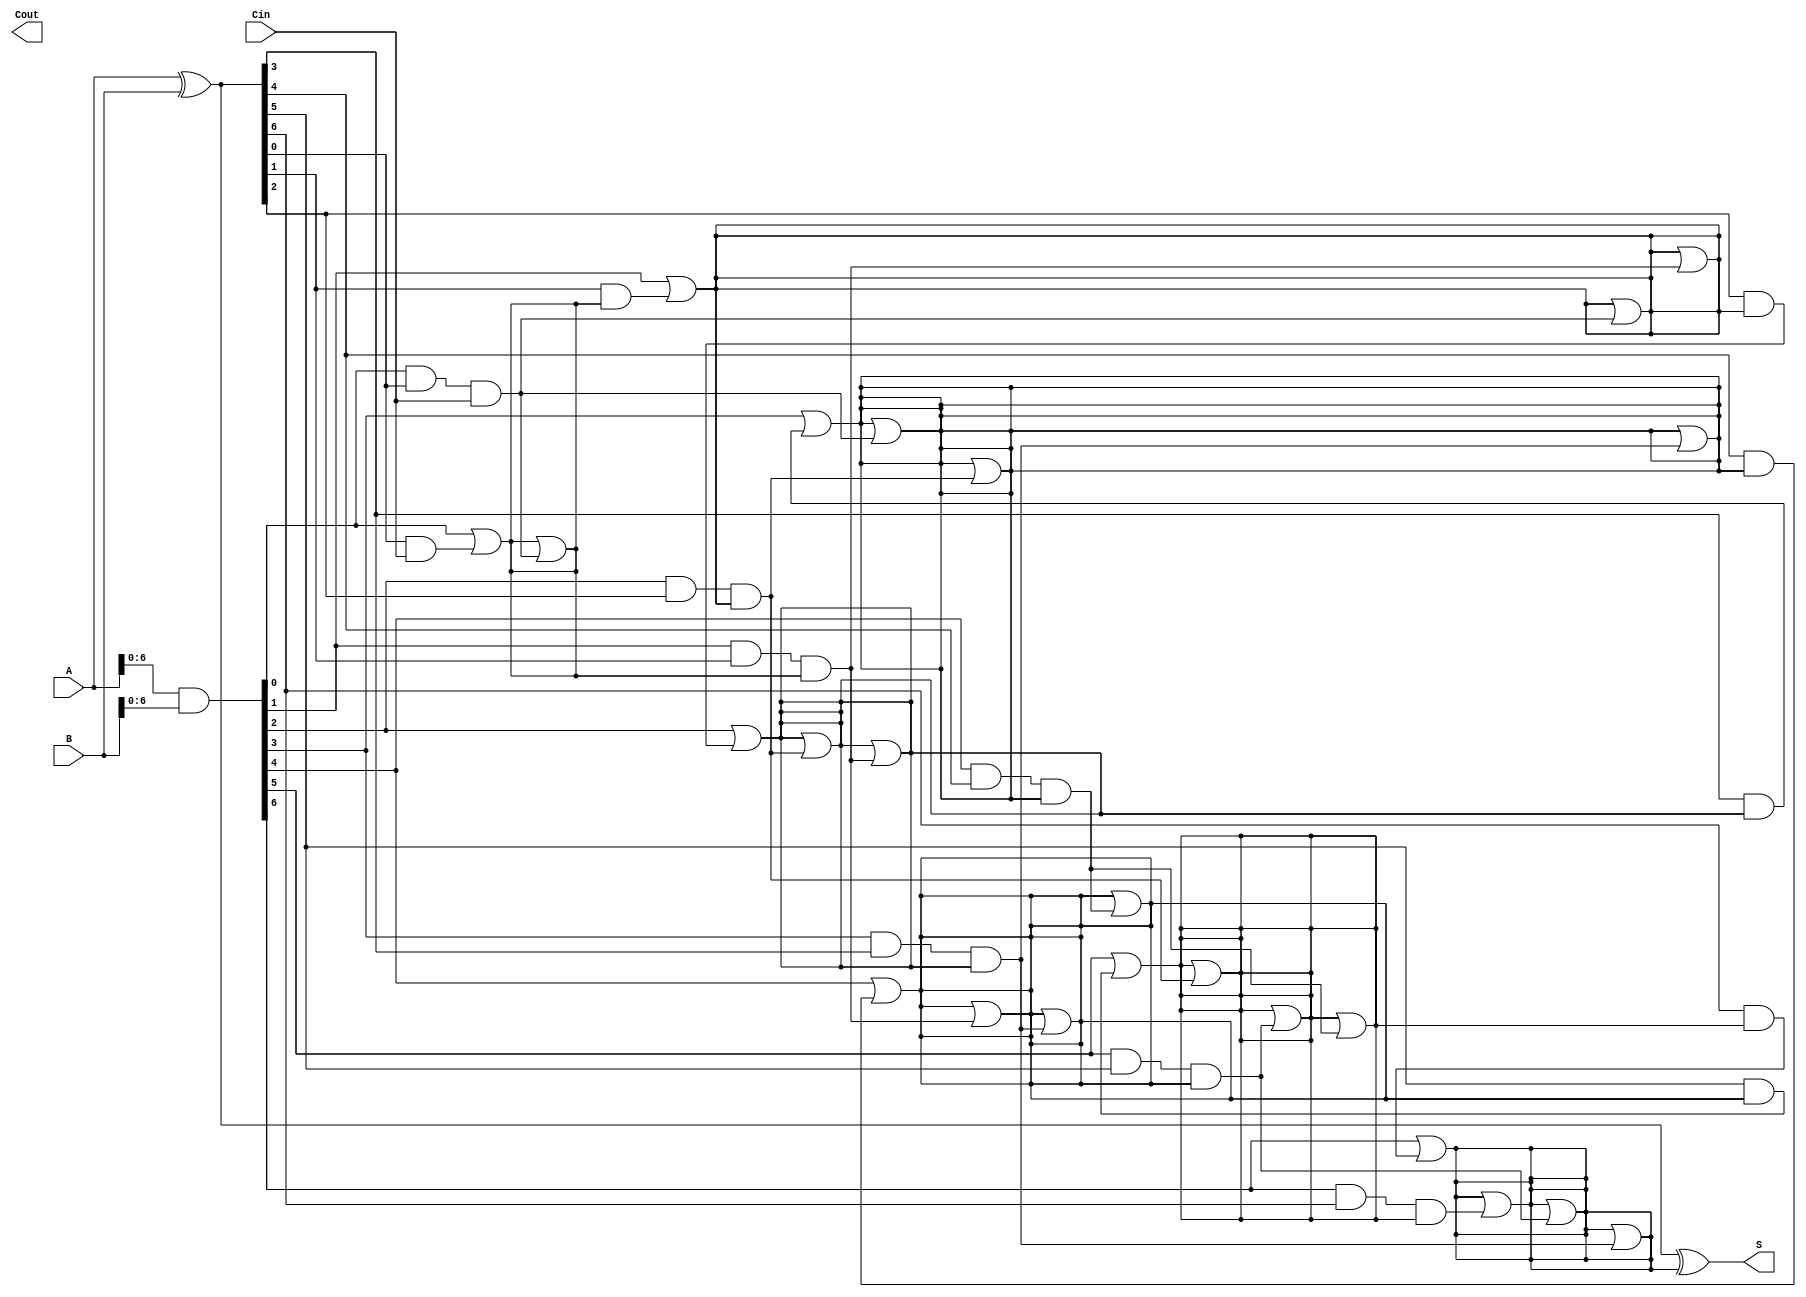
module KoggeStoneAdder #(parameter n = 8) (
    input [n-1:0] A,
    input [n-1:0] B,
    input Cin,
    output [n-1:0] S,
    output Cout
);
    // Intermediate generate and propagate signals
    wire [n-1:0] P; // Propagate
    wire [n-1:0] G; // Generate

    // Carry signals
    wire [n:0] C; // C[i] = carry into bit i

    // Compute propagate and generate
    assign P = A ^ B; // Propagate
    assign G = A & B; // Generate

    // Initialize carry signals
    assign C[0] = Cin;

    // Carry generation through Kogge-Stone algorithm
    genvar i, j;
    generate
        // Stage 1
        for (i = 0; i < n; i = i + 1) begin
            if (i > 0) begin
                assign C[i] = G[i-1] | (P[i-1] & C[i-1]);
            end
        end

        // Higher stages
        for (j = 1; j < n; j = j * 2) begin // For each stage
            for (i = 0; i < n; i = i + 1) begin
                if (i >= j) begin
                    assign C[i] = C[i] | (G[i-j] & P[i-j] & C[i-j]);
                end
            end
        end
    endgenerate

    // Sum computation
    assign S = P ^ C[n-1:n-1]; // S[i] = P[i] ^ C[i]

    // Carry-out
    assign Cout = C[n];

endmodule